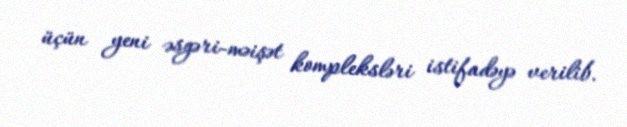
üçün yeni əsgəri-məişət kompleksləri istifadəyə verilib.